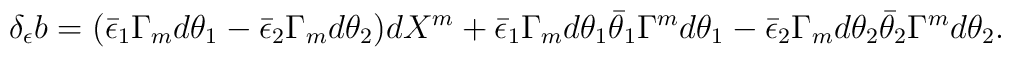
\delta_{\epsilon} b = (\bar\epsilon_1 \Gamma_m d \theta_1 - \bar\epsilon_2\Gamma_m d\theta_2) dX^m +\bar\epsilon_1\Gamma_m d\theta_1 \bar\theta_1 \Gamma^m d\theta_1- \bar\epsilon_2\Gamma_m d\theta_2 \bar\theta_2 \Gamma^m d\theta_2.